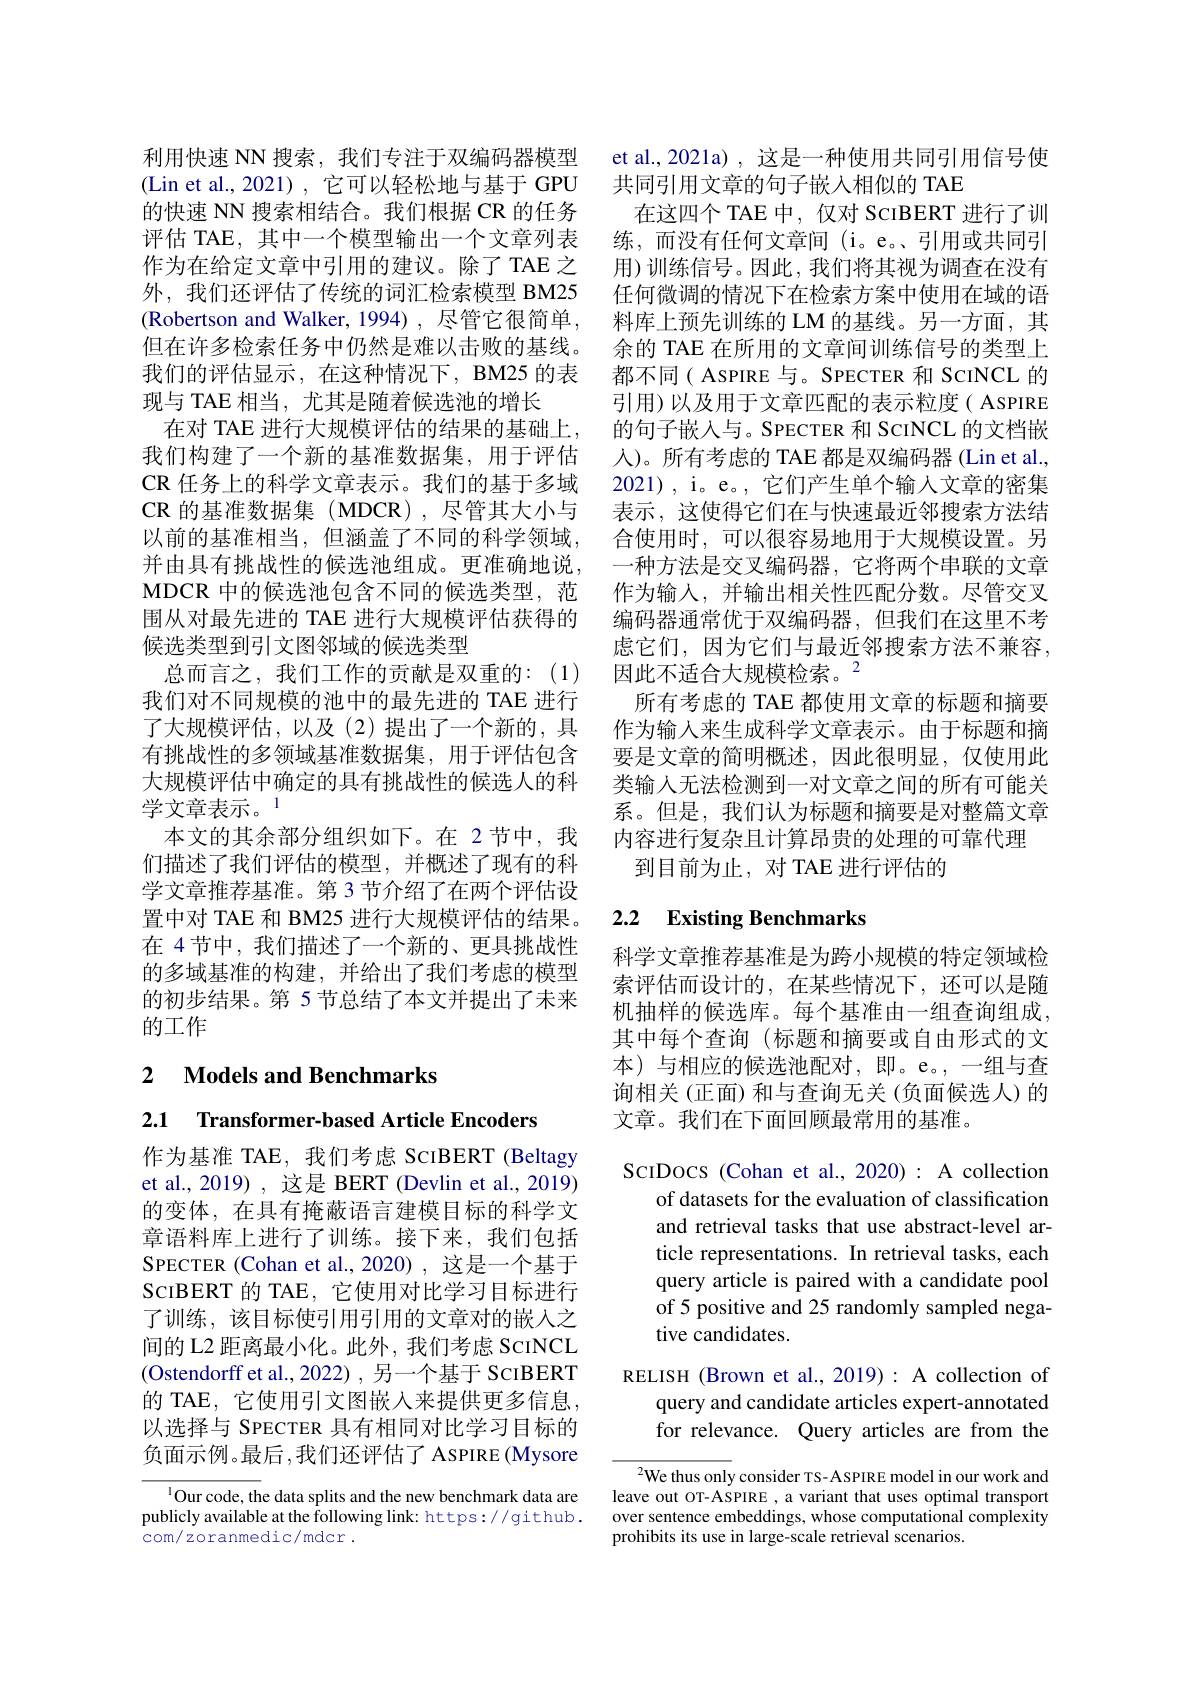
利用快速 NN 搜索，我们专注于双编码器模型(Lin et al.,2021),它可以轻松地与基于GPU 的快速 NN 搜索相结合。我们根据 CR 的任务评估 TAE, 其中一个模型输出一个文章列表作为在给定文章中引用的建议。除了 TAE 之外，我们还评估了传统的词汇检索模型 BM25 (Robertson and Walker, 1994),尽管它很简单， 但在许多检索任务中仍然是难以击败的基线。我们的评估显示，在这种情况下，BM25 的表现与 TAE 相当，尤其是随着候选池的增长
在对 TAE 进行大规模评估的结果的基础上， 我们构建了一个新的基准数据集，用于评估CR 任务上的科学文章表示。我们的基于多域CR 的基准数据集(MDCR),尽管其大小与以前的基准相当，但涵盖了不同的科学领域， 并由具有挑战性的候选池组成。更准确地说， MDCR 中的候选池包含不同的候选类型，范围从对最先进的 TAE 进行大规模评估获得的候选类型到引文图邻域的候选类型
总而言之，我们工作的贡献是双重的：(1) 我们对不同规模的池中的最先进的 TAE 进行了大规模评估，以及(2)提出了一个新的，具有挑战性的多领域基准数据集，用于评估包含大规模评估中确定的具有挑战性的候选人的科学文章表示。1
本文的其余部分组织如下。在 2节中，我们描述了我们评估的模型，并概述了现有的科学文章推荐基准。第 3 节介绍了在两个评估设置中对 TAE 和 BM25 进行大规模评估的结果。在 4节中，我们描述了一个新的、更具挑战性的多域基准的构建，并给出了我们考虑的模型的初步结果。第 5 节总结了本文并提出了未来的工作

# 2 Models and Benchmarks

2.1 $\textbf{Transformer- based Article Encoders}$

作为基准 TAE, 我们考虑 SCIBERT (Beltagy et al., 2019) , 这是 BERT (Devlin et al., 2019) 的变体，在具有掩蔽语言建模目标的科学文章语料库上进行了训练。接下来，我们包括SPECTER (Cohan et al.,2020) ,这是一个基于ScıBERT 的 TAE, 它使用对比学习目标进行了训练，该目标使引用引用的文章对的嵌入之间的 L2 距离最小化。此外，我们考虑 ScINCL (Ostendorff et al., 2022), 另一个基于 ScıBERT 的 TAE, 它使用引文图嵌入来提供更多信息， 以选择与 SPECTER 具有相同对比学习目标的负面示例。最后，我们还评估了 ASPIRE(Mysore

$^{1}$Our code, the data splits and the new benchmark data are publicly available at the following link: https://github. com/ zoranmedic/mdcr.

et al., 2021a) , 这是一种使用共同引用信号使
共同引用文章的句子嵌入相似的 TAE
在这四个 TAE 中，仅对 ScIBERT 进行了训练，而没有任何文章间(i。e。、引用或共同引用)训练信号。因此，我们将其视为调查在没有任何微调的情况下在检索方案中使用在域的语料库上预先训练的 LM 的基线。另一方面，其余的 TAE 在所用的文章间训练信号的类型上都不同( ASPIRE 与。SPECTER 和 SCINCL 的引用)以及用于文章匹配的表示粒度( ASPIRE 的句子嵌入与。SPECTER 和 ScINCL 的文档嵌人)。所有考虑的 TAE 都是双编码器 (Lin et al., 2021), i。e。, 它们产生单个输入文章的密集表示，这使得它们在与快速最近邻搜索方法结合使用时，可以很容易地用于大规模设置。另一种方法是交叉编码器，它将两个串联的文章作为输入，并输出相关性匹配分数。尽管交叉编码器通常优于双编码器，但我们在这里不考虑它们，因为它们与最近邻搜索方法不兼容， 因此不适合大规模检索。$^{2}$
所有考虑的 TAE 都使用文章的标题和摘要作为输入来生成科学文章表示。由于标题和摘要是文章的简明概述，因此很明显，仅使用此类输入无法检测到一对文章之间的所有可能关系。但是，我们认为标题和摘要是对整篇文章内容进行复杂且计算昂贵的处理的可靠代理
到目前为止，对 TAE 进行评估的

# 2.2 Existing Benchmarks

科学文章推荐基准是为跨小规模的特定领域检索评估而设计的，在某些情况下，还可以是随机抽样的候选库。每个基准由一组查询组成， 其中每个查询(标题和摘要或自由形式的文本)与相应的候选池配对，即。e。,一组与查询相关(正面) 和与查询无关(负面候选人) 的文章。我们在下面回顾最常用的基准。

ScIDocs (Cohan et al., 2020) : A collection
of datasets for the evaluation of classification and retrieval tasks that use abstract-level article representations. In retrieval tasks, each query article is paired with a candidate pool of 5 positive and 25 randomly sampled negative candidates.
RELISH (Brown et al., 2019): A collection of
query and candidate articles expert-annotated for relevance. Query articles are from the

$^{2}$We thus only consider TS-ASPIRE model in our work and leave out OT-ASPIRE , a variant that uses optimal transport over sentence embeddings, whose computational complexity prohibits its use in large-scale retrieval scenarios.